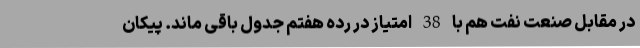
در مقابل صنعت نفت هم با 38 امتیاز در رده هفتم جدول باقی ماند. پیکان